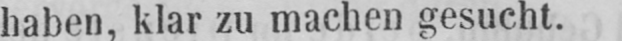
haben, klar zu machen gesucht.